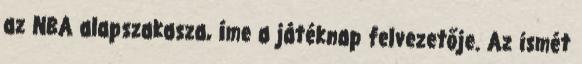
az NBA alapszakasza, íme a játéknap felvezetője. Az ismét